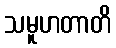
သမူဟတာတိ